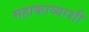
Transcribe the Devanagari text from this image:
महाकाव्याशी